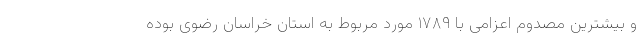
و بیشترین مصدوم اعزامی با ۱۷۸۹ مورد مربوط به استان خراسان رضوی بوده